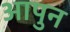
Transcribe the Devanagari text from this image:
आपुन